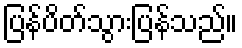
ပြန်ပိတ်သွားပြန်သည်။